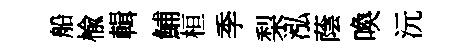
船楡輯鯆桓季梨泓蔭喚沅